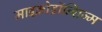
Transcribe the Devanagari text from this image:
माइक्रोडॉन्शिज्म